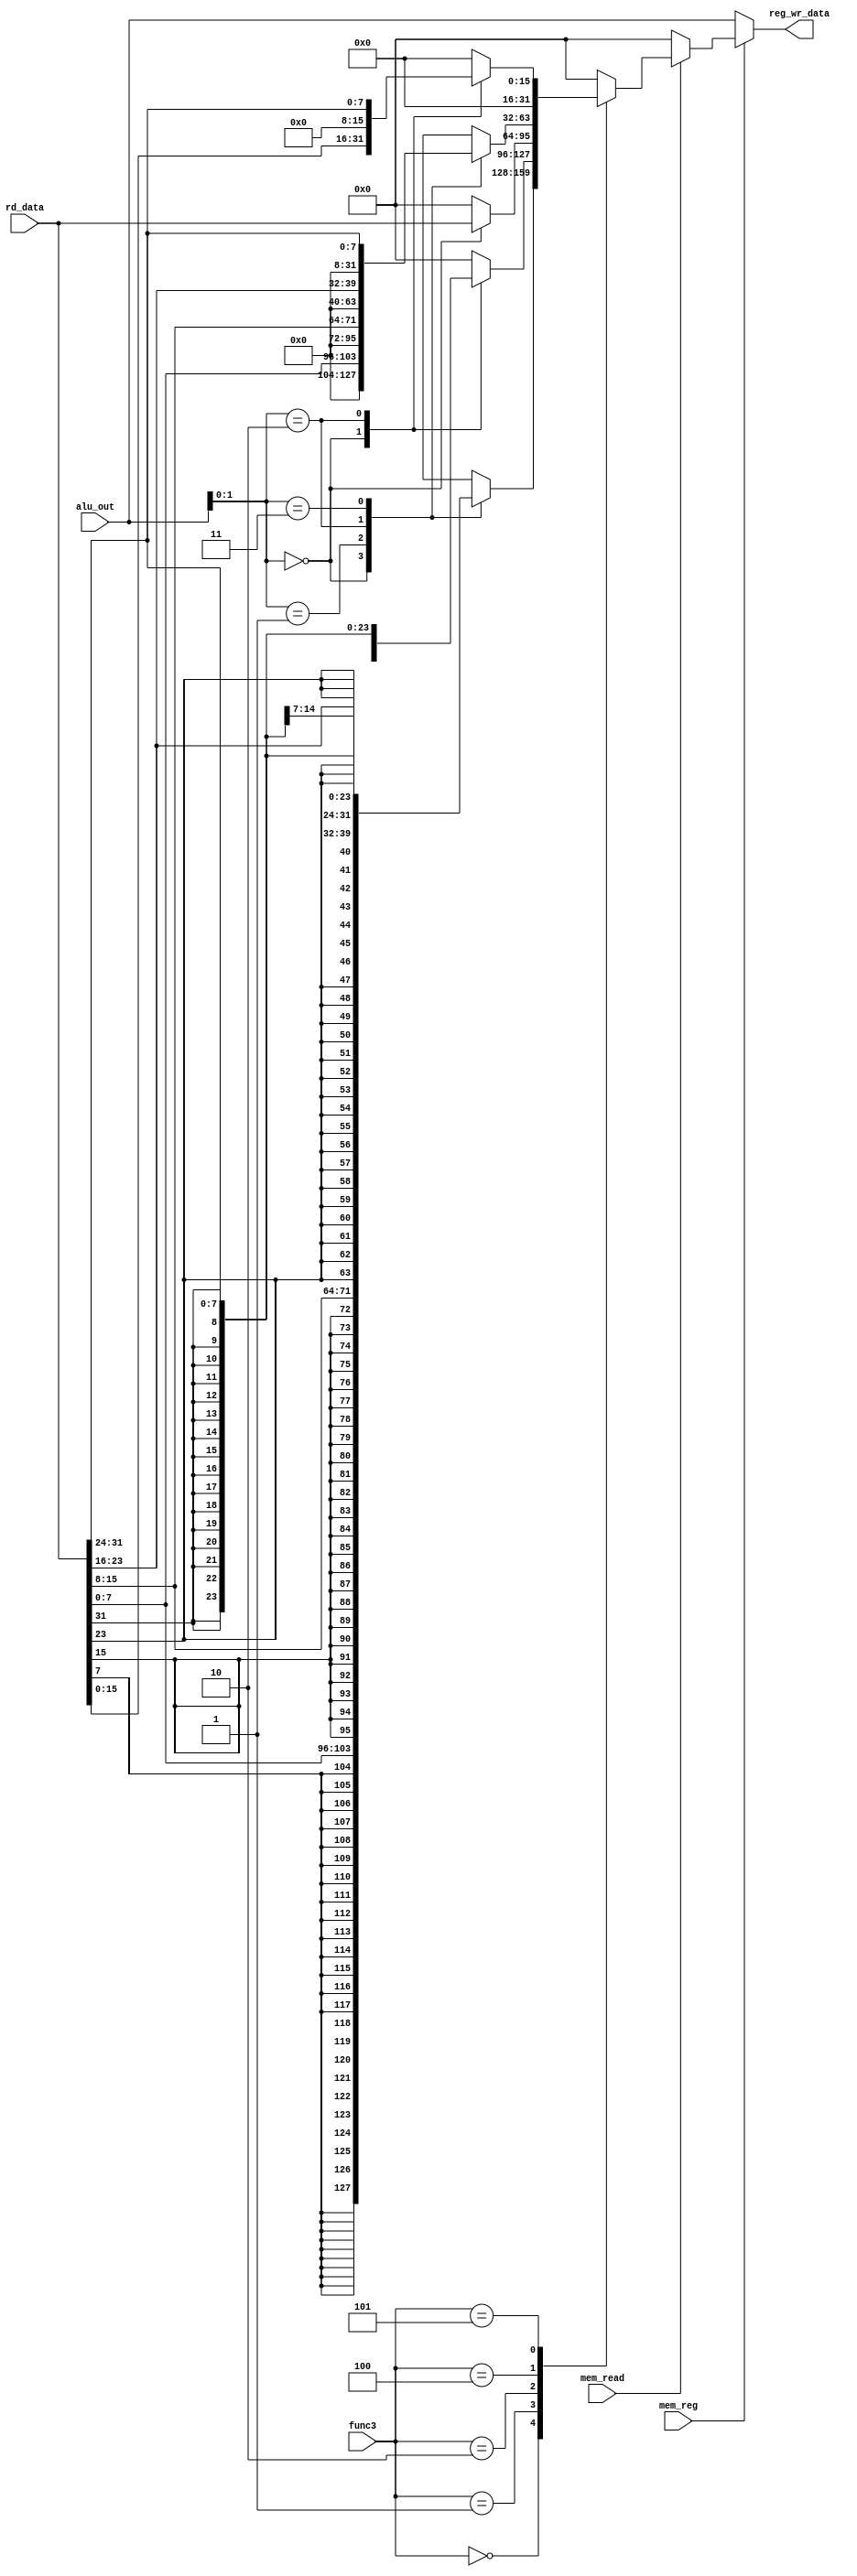
/*****************************************************************************   
                      
Filename        : load.v
Author          : Sai Gautham Ravipati (EE19B053)
Date            : 10th October 2021 
Description     : Gives the value to be stored to register for the next clk
                  after selecting between alu_out and data from memory. 
                  
                  Inputs - 
                  - mem_read => Reads from memeory if asserted to 1.
                  - mem_reg => Selects between mem. data and alu_out. 
                  - func3 => Corresponds to idata[14:12] of the instruction.  
                  - alu_out => Output of alu, can be both addr. or data.
                  - rd_data => Data chunk provided by dmem module.  
                  
                  Outputs -
                  - reg_wr_data => Data to be written to reg. file, selected
                                   between alu_out and data memory. 
                  
                  Note that the default value of mem. data is set to 32{1'b0}. 
                  
*****************************************************************************/

module load( 
    input mem_read,
    input mem_reg, 
    input [2:0] func3,
    input [31:0] alu_out, 
    input [31:0] rd_data, 
    output reg [31:0] reg_wr_data
);
    
    reg [31:0] wr_data; 
    
    always @(*) begin 
        if(mem_read) begin
            case(func3)    
                3'b000:        // LB
                    begin    
                        case(alu_out[1:0])
                            2'b00: 
                                wr_data = {{24{rd_data[7]}},rd_data[7:0]}; 
                            2'b01:
                                wr_data = {{24{rd_data[15]}},rd_data[15:8]};
                            2'b10: 
                                wr_data = {{24{rd_data[23]}},rd_data[23:16]};
                            2'b11: 
                                wr_data = {{24{rd_data[31]}},rd_data[31:24]}; 
                            default:
                                wr_data = {32{1'b0}}; 
                        endcase 
                    end 
                3'b001:        // LH 
                    begin    
                        case(alu_out[1:0])
                            2'b00:
                                wr_data = {{16{rd_data[15]}},rd_data[15:0]};
                            2'b10:
                                wr_data = {{16{rd_data[31]}},rd_data[31:24]}; 
                            default: wr_data = {32{1'b0}}; 
                        endcase 
                    end 
                3'b010:        // LW                   
                    wr_data = (alu_out[1:0] == 2'b00) ? rd_data : 0; 
                3'b100:        // LBU
                    begin   
                        case(alu_out[1:0])
                            2'b00: 
                                wr_data = {{24{1'b0}},rd_data[7:0]}; 
                            2'b01:
                                wr_data = {{24{1'b0}},rd_data[15:8]};
                            2'b10: 
                                wr_data = {{24{1'b0}},rd_data[23:16]};
                            2'b11: 
                                wr_data = {{24{1'b0}},rd_data[31:24]}; 
                            default: 
                                wr_data = {32{1'b0}}; 
                        endcase 
                    end 
                3'b101:        // LHU 
                    begin    
                        case(alu_out[1:0])
                            2'b00:
                                wr_data = {{16{1'b0}},rd_data[15:0]};
                            2'b10:
                                wr_data = {{16{1'b0}},rd_data[31:24]}; 
                            default:
                                wr_data = {32{1'b0}}; 
                        endcase 
                end 
                default:
                    wr_data = {32{1'b0}}; 
            endcase
            
        end 
        else 
            wr_data = {32{1'b0}}; 
        
        reg_wr_data = ( mem_reg ? wr_data : alu_out);    // Selecting between alu_out and mem. data 
    end 

endmodule